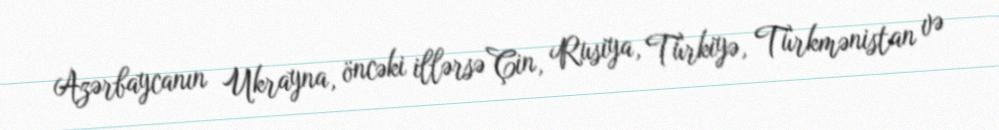
Azərbaycanın Ukrayna, öncəki illərsə Çin, Rusiya, Türkiyə, Türkmənistan və